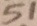
5 1